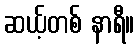
ဆယ့်တစ် နာရီ။